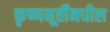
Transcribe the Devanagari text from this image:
कृष्णमूर्तींमधील